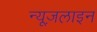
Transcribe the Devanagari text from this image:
न्यूज़लाइन